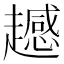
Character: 𧾔